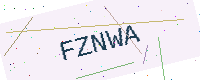
Text: FZNWA